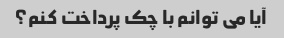
آیا می توانم با چک پرداخت کنم؟